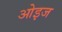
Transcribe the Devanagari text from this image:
ओइज